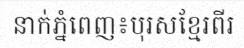
នាក់ភ្នំពេញ៖បុរសខ្មែរពីរ